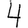
Digit: 4